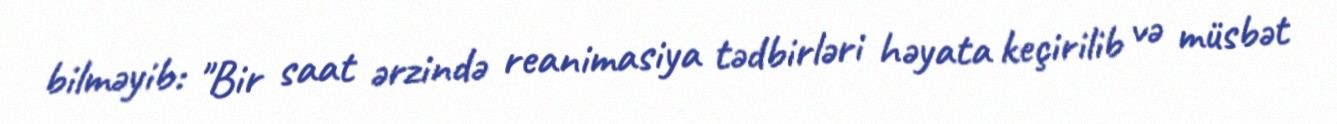
bilməyib: "Bir saat ərzində reanimasiya tədbirləri həyata keçirilib və müsbət